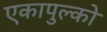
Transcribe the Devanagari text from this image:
एकापुल्को